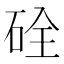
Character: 硂